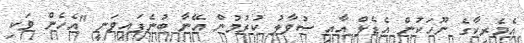
އެމެރިކާގެ ނޫހަކުން އެޑެލް އާއި ސުވާލު ކުރުމުން އޭނާ ބުނެފައިވަނީ "އެހެން ވަކި